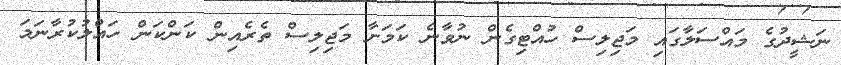
ނަޝީދުގެ މައްސަލާގައި މަޖިލިސް ހުއްޓިގެން ނުވާނެ ކަމަށާ މަޖިލިސް ތެރެއިން ކަންކަން ހައްލުކުރާނަމަ